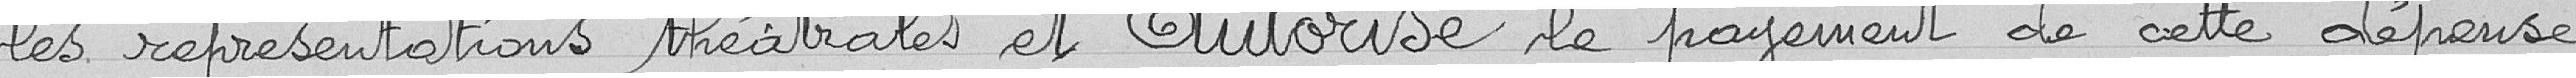
les représentations théâtrales et autorise le paiement de cette dépense